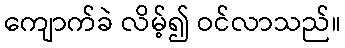
ကျောက်ခဲ လိမ့်၍ ဝင်လာသည်။